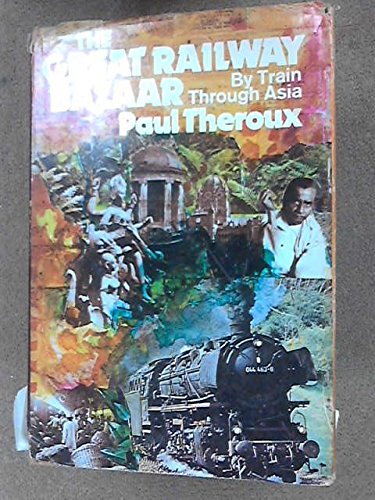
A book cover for The Great Railway Bazaar: By Train Through Asia; Paul Theroux; Travel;